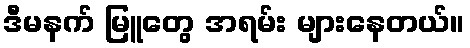
ဒီမနက် မြူတွေ အရမ်း များနေတယ်။